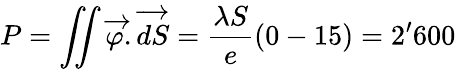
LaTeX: P=\iint\overrightarrow{\varphi}.\overrightarrow{dS}=\frac{\lambda S}{e}\left(0-15\right)=2^{\prime}600